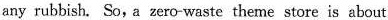
any rubbish. So,a zero-waste theme store is about